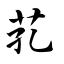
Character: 芤